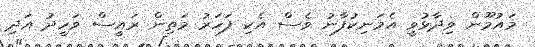
މައުމޫން ވިދާޅުވީ އެމަނިކުފާނު ވެސް އެކި ފަހަރު މަތިން ރައީސް ވަހީދު އަދި